Vaccination North-Western Provinces 1866-1877 - 1866-1877
Year: 1866
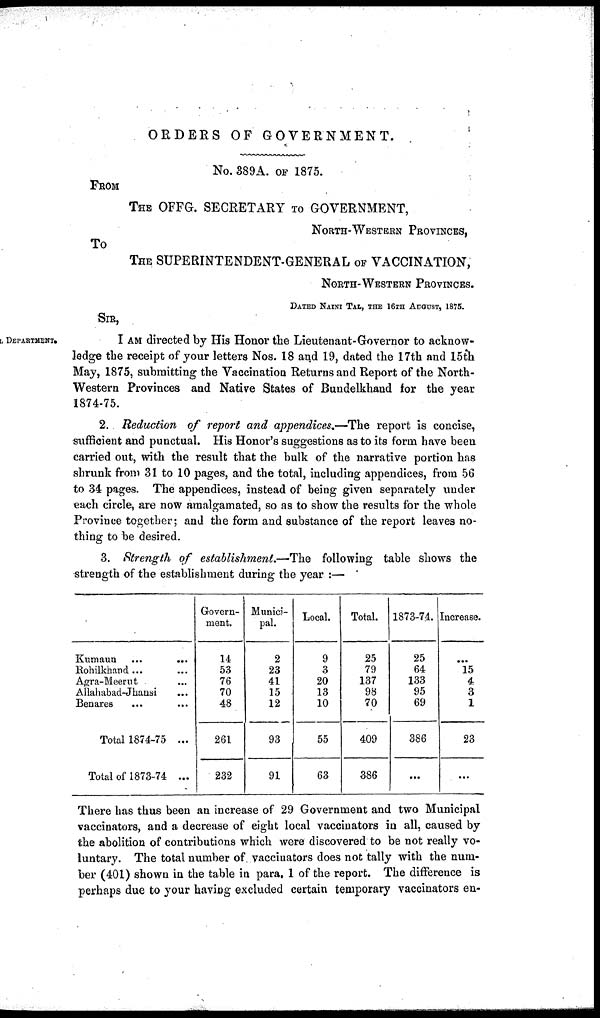
ORDERS OF GOVERNMENT.
No. 389A. of 1875.
FROM
THE OFFG. SECRETARY TO GOVERNMENT,
NORTH-WESTERN PROVINCES,
To
THE SUPERINTENDENT-GENERAL OF VACCINATION,
NORTH-WESTERN PROVINCES.
DATED NAINI TAL, THE 16TH AUGUST, 1875.
SIR,
DEPARTMENT.
I AM directed by His Honor the Lieutenant-Governor to acknow-
ledge the receipt of your letters Nos. 18 and 19, dated the 17th and 15th
May, 1875, submitting the Vaccination Returns and Report of the North-
Western Provinces and Native States of Bundelkhand for the year
1874-75.
2. Reduction of report and appendices.—The report is concise,
sufficient and punctual. His Honor's suggestions as to its form have been
carried out, with the result that the bulk of the narrative portion has
shrunk from 31 to 10 pages, and the total, including appendices, from 56
to 34 pages. The appendices, instead of being given separately under
each circle, are now amalgamated, so as to show the results for the whole
Province together; and the form and substance of the report leaves no-
thing to be desired.
3. Strength of establishment.—The following table shows the
strength of the establishment during the year :—
Kumaun ... ...
Rohilkhand ... ...
Agra-Meerut ...
Allahabad-Jhansi ...
Benares ... ...
Total 1874-75 ...
Total of 1873-74 ...
Govern-
ment.
14
53
76
70
48
261
232
Munici-
pal.
2
23
41
15
12
93
91
Local.
9
3
20
13
10
55
63
Total.
25
79
137
98
70
409
386
1873-74.
25
64
133
95
69
386
...
Increase.
...
15
4
3
1
23
...
There has thus been an increase of 29 Government and two Municipal
vaccinators, and a decrease of eight local vaccinators in all, caused by
the abolition of contributions which were discovered to be not really vo-
luntary. The total number of vacciuators does not tally with the num-
ber (401) shown in the table in para. 1 of the report. The difference is
perhaps due to your having excluded certain temporary vaccinators en-